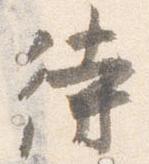
待